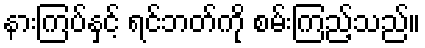
နားကြပ်နှင့် ရင်ဘတ်ကို စမ်းကြည့်သည်။